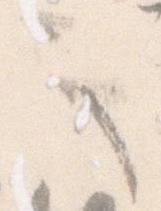
々